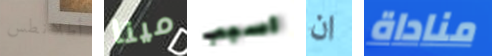
أطلانطس مينا اسبب ان مناداة